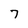
Character: 7